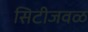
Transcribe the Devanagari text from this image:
सिटीजवळ